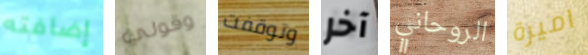
إضافته وقولي وتوقفت آخر الروحاني اميرة